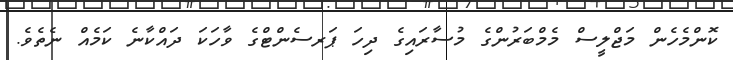
ކޮންމެހެން މަޖްލީސް މެމްބަރުންގެ މުސާރައިގެ ދިހަ ޕަރސެންޓްގެ ވާހަކަ ދައްކާނެ ކަމެއް ނެތެވެ.